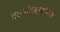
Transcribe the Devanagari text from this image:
दयानंदबाबांमुळे